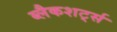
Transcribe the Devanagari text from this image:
ब्लैकशर्ट्स